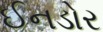
ઈનડોર